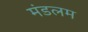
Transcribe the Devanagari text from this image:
मंडलम